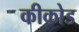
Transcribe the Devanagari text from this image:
कीकोड